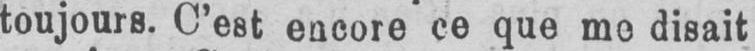
toujours. C’est encore ce que me disait